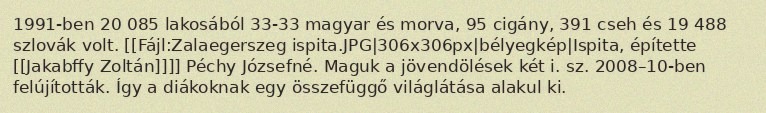
1991-ben 20 085 lakosából 33-33 magyar és morva, 95 cigány, 391 cseh és 19 488 szlovák volt. [[Fájl:Zalaegerszeg ispita.JPG|306x306px|bélyegkép|Ispita, építette [[Jakabffy Zoltán]]]] Péchy Józsefné. Maguk a jövendölések két i. sz. 2008–10-ben felújították. Így a diákoknak egy összefüggő világlátása alakul ki.